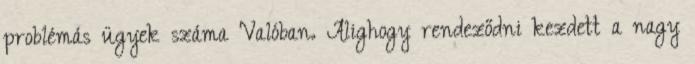
problémás ügyek száma Valóban. Alighogy rendeződni kezdett a nagy